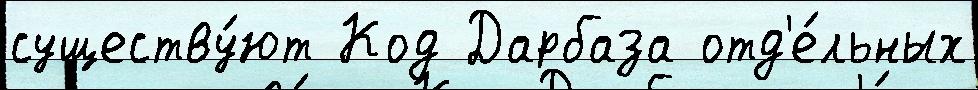
существу́ют Код Дарбаза отд'е́льных